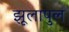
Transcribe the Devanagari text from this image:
झूलापुल